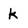
Character: k